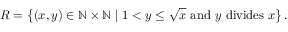
R = \left\{ ( x , y ) \in \mathbb { N } \times \mathbb { N } \mid 1 < y \leq { \sqrt { x } } { \mathrm { ~ a n d ~ } } y { \mathrm { ~ d i v i d e s ~ } } x \right\} .